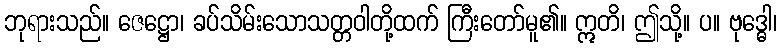
ဘုရားသည်။ ဇေဋ္ဌော၊ ခပ်သိမ်းသောသတ္တဝါတို့ထက် ကြီးတော်မူ၏။ ဣတိ၊ ဤသို့။ ပ။ ဗုဒ္ဓေါ၊